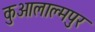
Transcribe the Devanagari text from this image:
कुआलाल्मपुर